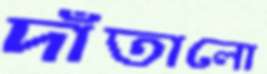
দাঁতালো